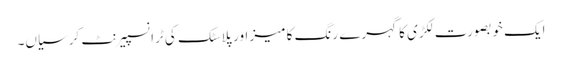
ایک خوبصورت لکڑی کا گہرے رنگ کا میز اور پلاسٹک کی ٹرانسپیرنٹ کرسیاں۔